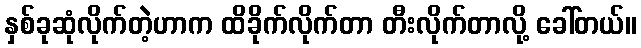
နှစ်ခုဆုံလိုက်တဲ့ဟာက ထိခိုက်လိုက်တာ တီးလိုက်တာလို့ ခေါ်တယ်။